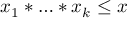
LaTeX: x _ { 1 } * \ldots * x _ { k } \leq x